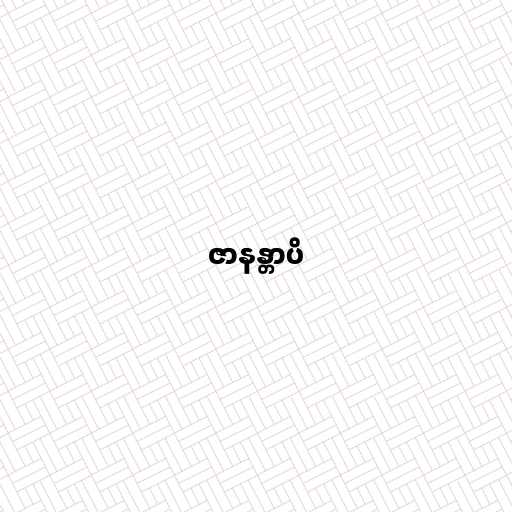
ဇာနန္တာပိ